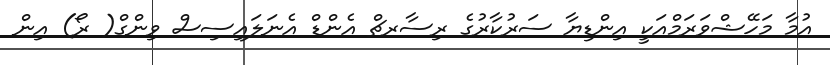
އުމާ މަހޭޝްވަރަމްއަކީ އިންޑިޔާ ސަރުކާރުގެ ރިސާރޗް އެންޑް އެނަލައިސިސް ވިންގް( ރޯ) އިން